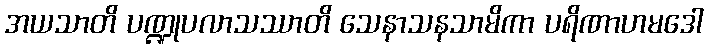
အယသာတိ ပဏ္ဍုပလာသဿာတိ သေနာသနသာမိကာ ပရိဏာဟမဒေါ